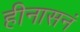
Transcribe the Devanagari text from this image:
हीनासनं